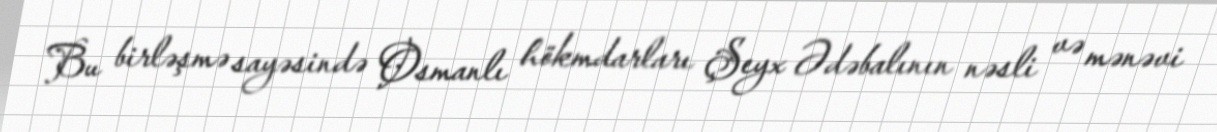
Bu birləşmə sayəsində Osmanlı hökmdarları Şeyx Ədəbalının nəsli və mənəvi